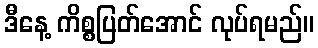
ဒီနေ့ ကိစ္စပြတ်အောင် လုပ်ရမည်။